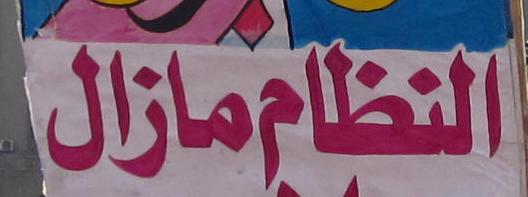
النظام